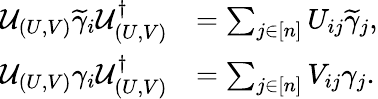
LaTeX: \begin{array}{rl}{\mathcal{U}_{(U,V)}\widetilde{\gamma}_{i}\mathcal{U}_{(U,V)}^{\dagger}}&{=\sum_{j\in[n]}U_{ij}\widetilde{\gamma}_{j},}\\ {\mathcal{U}_{(U,V)}\gamma_{i}\mathcal{U}_{(U,V)}^{\dagger}}&{=\sum_{j\in[n]}V_{ij}\gamma_{j}.}\end{array}